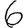
Digit: 6